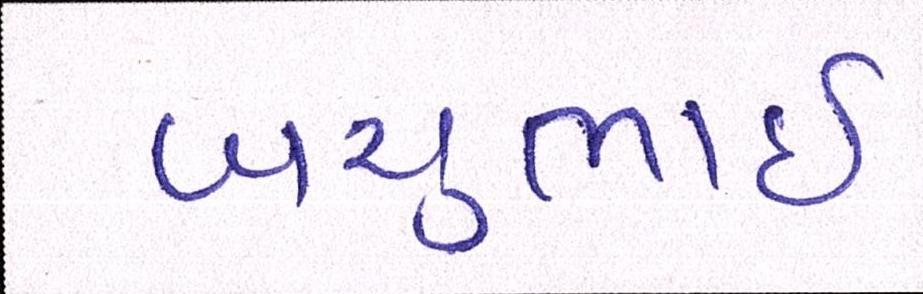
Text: બચુભાઈ